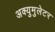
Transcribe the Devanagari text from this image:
अक्युमुलेटर